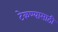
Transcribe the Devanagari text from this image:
टेकण्यासाठी